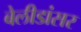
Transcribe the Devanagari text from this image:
बेलीडांसर